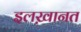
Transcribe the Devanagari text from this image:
इलख़ानत